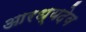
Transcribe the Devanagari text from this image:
आरध्यदेव